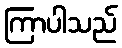
ကြာပါသည်